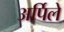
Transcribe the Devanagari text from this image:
अर्पिले